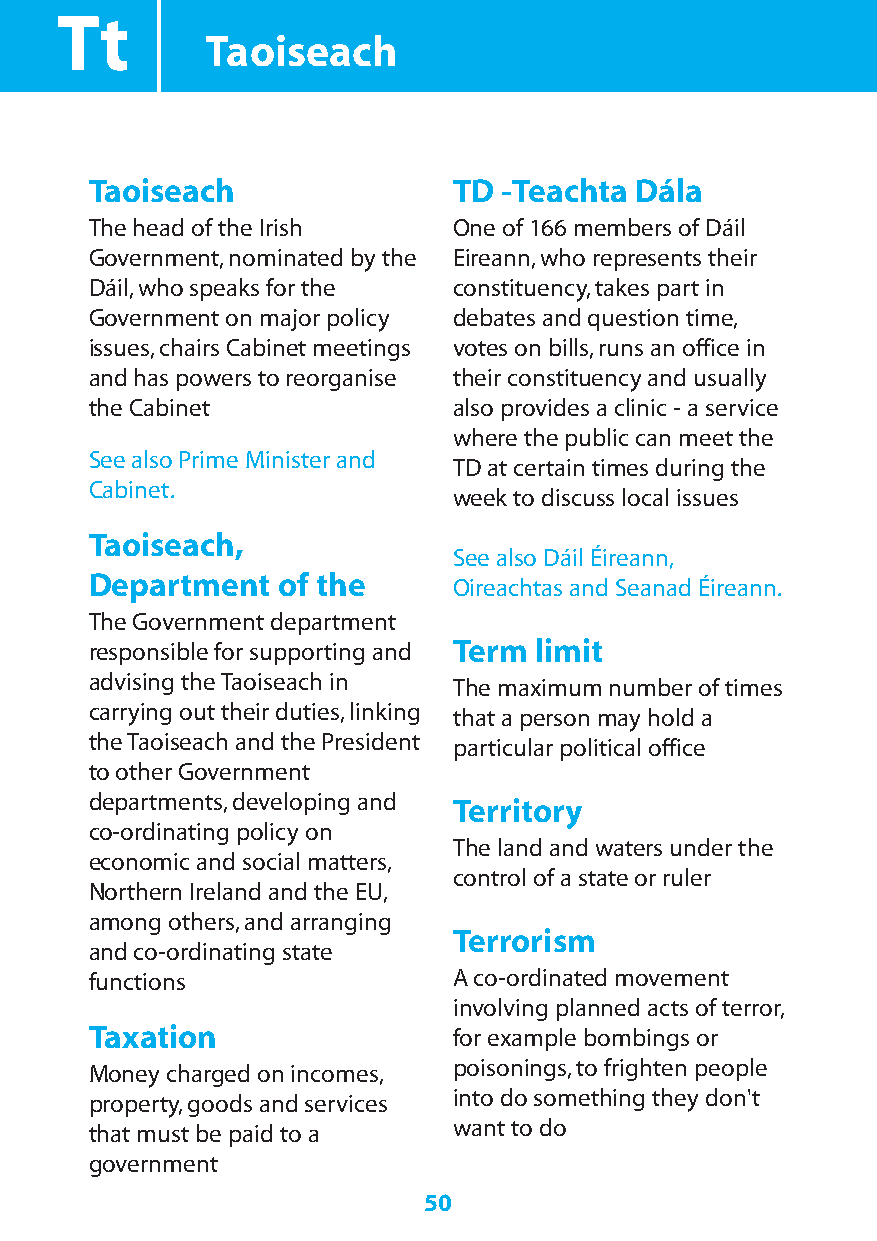
Tt
 Taoiseach
 Taoiseach               TD -Teachta Dála
 The head of the Irish   One of 166 members of Dáil
 Government,nominated by the Eireann,who represents their
 Dáil,who speaks for the constituency,takes part in
 Government on major policy debates and question time,
 issues,chairs Cabinet meetings votes on bills,runs an office in
 and has powers to reorganise their constituency and usually
 the Cabinet             also provides a clinic - a service
 where the public can meet the
 See also Prime Minister and
 TD at certain times during the
 Cabinet.
 week to discuss local issues
 Taoiseach,
 See also Dáil Éireann,
 Department  of the
 Oireachtas and Seanad Éireann.
 The Government department
 responsible for supporting and Term limit
 advising the Taoiseach in
 The maximum number of times
 carrying out their duties,linking
 that a person may hold a
 the Taoiseach and the President
 particular political office
 to other Government
 departments,developing and Territory
 co-ordinating policy on
 The land and waters under the
 economic and social matters,
 control of a state or ruler
 Northern Ireland and the EU,
 among others,and arranging
 Terrorism
 and co-ordinating state
 functions               A co-ordinated movement
 involving planned acts of terror,
 Taxation                for example bombings or
 Money charged on incomes, poisonings,to frighten people
 property,goods and services into do something they don't
 that must be paid to a  want to do
 government
 50